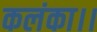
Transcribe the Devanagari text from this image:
कलंका।।